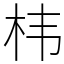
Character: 㭏